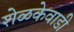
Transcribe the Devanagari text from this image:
शेळकेवाडी